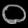
Digit: ၀